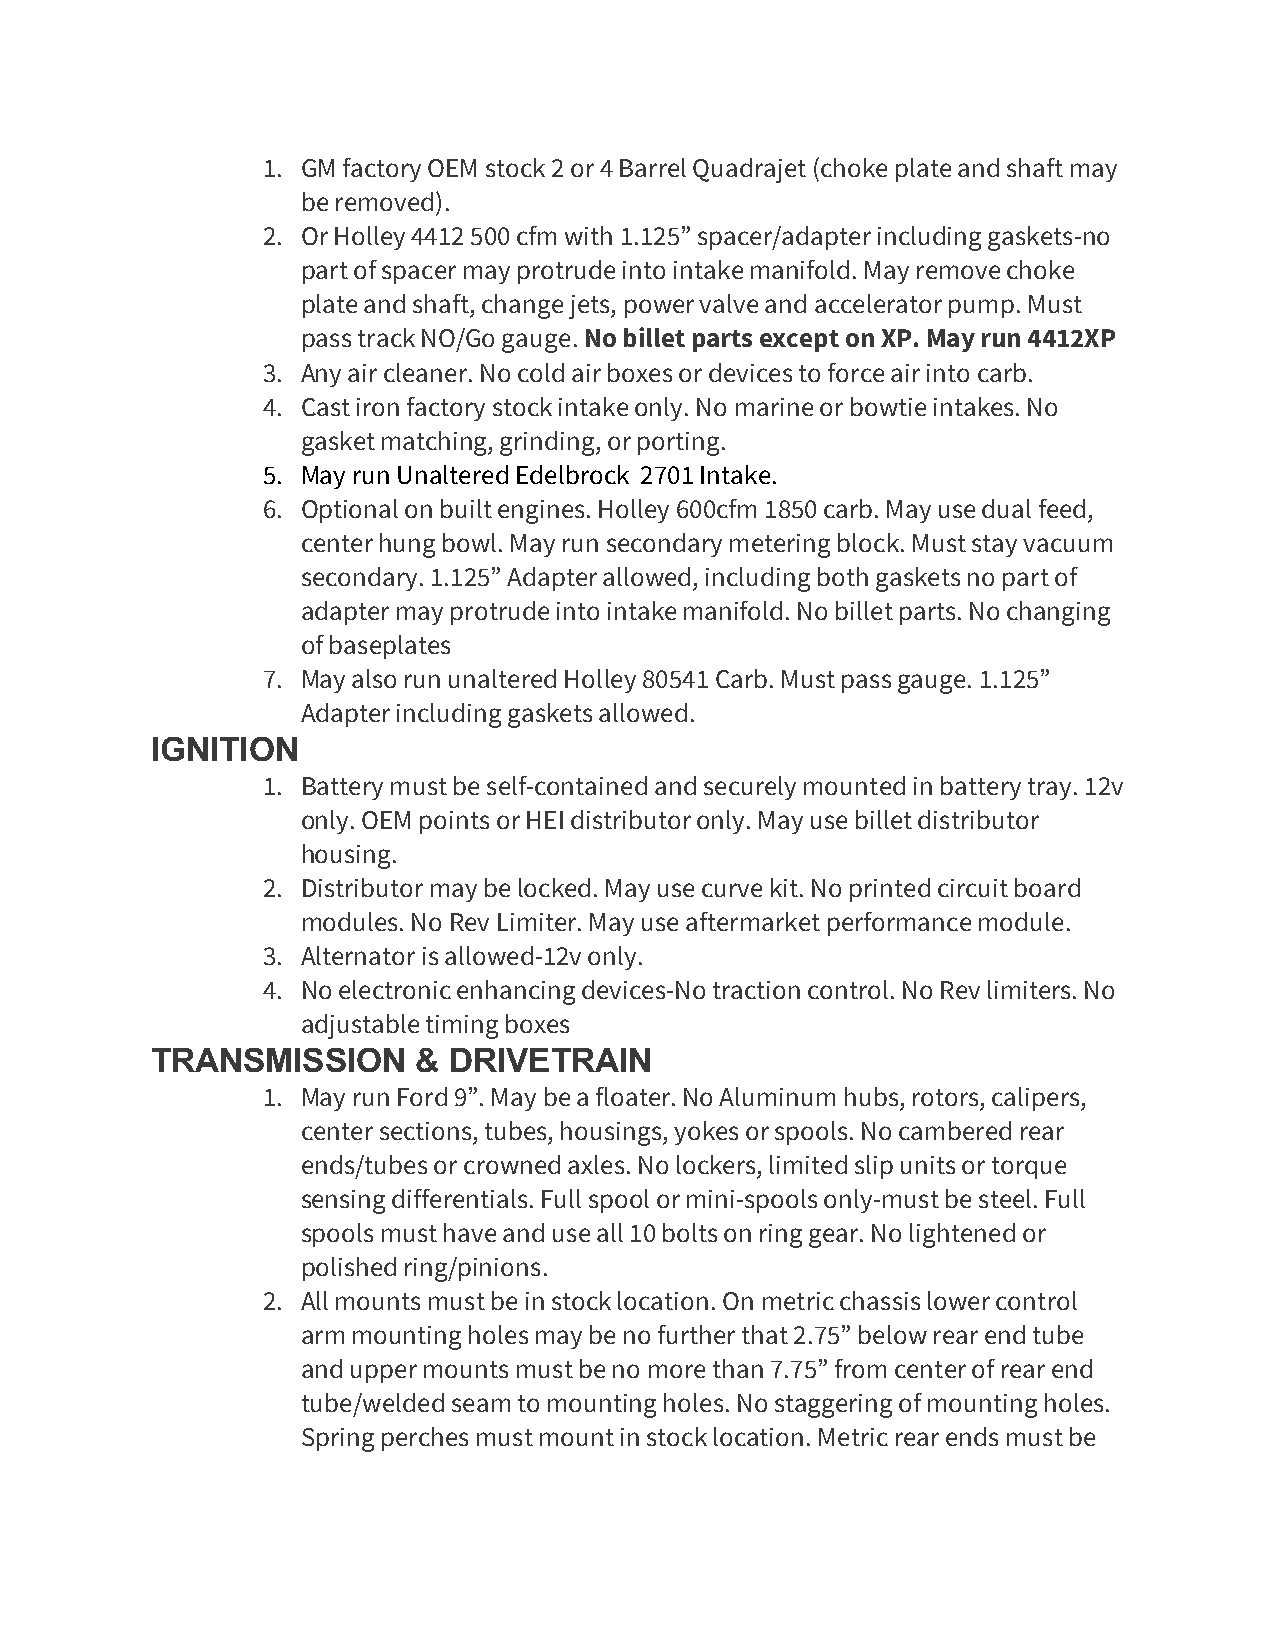
1. GM factory OEM stock 2 or 4 Barrel Quadrajet (choke plate and shaft may
 be removed).
 2. Or Holley 4412 500 cfm with 1.125” spacer/adapter including gaskets-no
 part of spacer may protrude into intake manifold. May remove choke
 plate and shaft, change jets, power valve and accelerator pump. Must
 pass track NO/Go gauge. No billet parts except on XP. May run 4412XP
 3. Any air cleaner. No cold air boxes or devices to force air into carb.
 4. Cast iron factory stock intake only. No marine or bowtie intakes. No
 gasket matching, grinding, or porting.
 5. May run Unaltered Edelbrock 2701 Intake.
 6. Optional on built engines. Holley 600cfm 1850 carb. May use dual feed,
 center hung bowl. May run secondary metering block. Must stay vacuum
 secondary. 1.125” Adapter allowed, including both gaskets no part of
 adapter may protrude into intake manifold. No billet parts. No changing
 of baseplates
 7. May also run unaltered Holley 80541 Carb. Must pass gauge. 1.125”
 Adapter including gaskets allowed.
 IGNITION
 1. Battery must be self-contained and securely mounted in battery tray. 12v
 only. OEM points or HEI distributor only. May use billet distributor
 housing.
 2. Distributor may be locked. May use curve kit. No printed circuit board
 modules. No Rev Limiter. May use aftermarket performance module.
 3. Alternator is allowed-12v only.
 4. No electronic enhancing devices-No traction control. No Rev limiters. No
 adjustable timing boxes
 TRANSMISSION     &  DRIVETRAIN
 1. May run Ford 9”. May be a floater. No Aluminum hubs, rotors, calipers,
 center sections, tubes, housings, yokes or spools. No cambered rear
 ends/tubes or crowned axles. No lockers, limited slip units or torque
 sensing differentials. Full spool or mini-spools only-must be steel. Full
 spools must have and use all 10 bolts on ring gear. No lightened or
 polished ring/pinions.
 2. All mounts must be in stock location. On metric chassis lower control
 arm mounting holes may be no further that 2.75” below rear end tube
 and upper mounts must be no more than 7.75” from center of rear end
 tube/welded seam to mounting holes. No staggering of mounting holes.
 Spring perches must mount in stock location. Metric rear ends must be